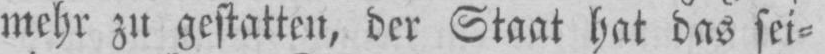
mehr zu gestatten, der Staat hat das sei⸗